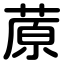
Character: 蒝